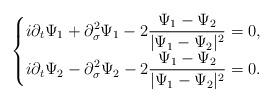
LaTeX: \begin{align*}\begin{cases}\displaystyle i\partial_t \Psi_1+\partial_\sigma^2\Psi_1-2\frac{\Psi_1-\Psi_2}{|\Psi_1-\Psi_2|^2}=0,\\\displaystyle i\partial_t \Psi_2-\partial_\sigma^2\Psi_2-2\frac{\Psi_1-\Psi_2}{|\Psi_1-\Psi_2|^2}=0.\\\end{cases}\end{align*}